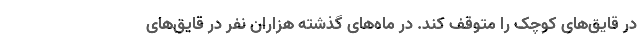
در قایق‌های کوچک را متوقف کند. در ماه‌های گذشته هزاران نفر در قایق‌های